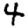
Digit: 4